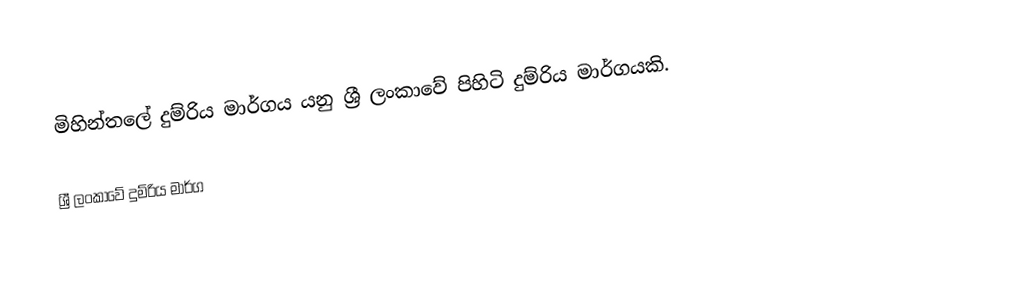
මිහින්තලේ දුම්රිය මාර්ගය යනු ශ්‍රී ලංකාවේ පිහිටි දුම්රිය මාර්ගයකි.

ශ්‍රී ලංකාවේ දුම්රිය මාර්ග